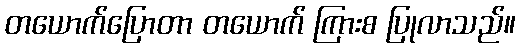
တယောက်ပြောတာ တယောက် ကြားစ ပြုလာသည်။